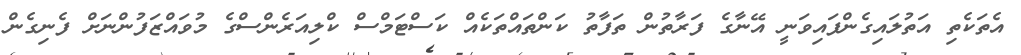
އެތަކެތި އަތުލައިގެންފައިވަނީ އޭނާގެ ފަރާތުން ތަފާތު ކަންތައްތަކެއް ކަސްޓަމްސް ކްލިއަރެންސްގެ މުވައްޒަފުންނަށް ފެނިގެން